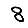
Digit: 8